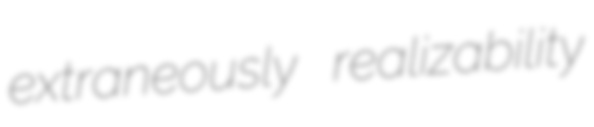
extraneously realizability